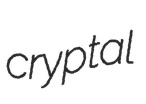
cryptal